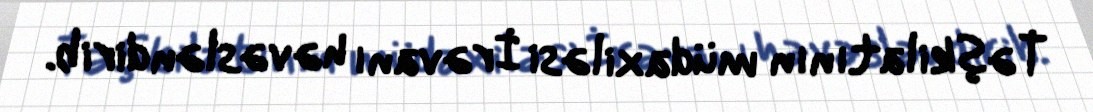
Təşkilatının müdaxiləsi İrəvanı həvəsləndirib.